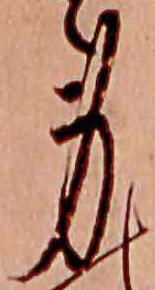
身